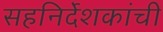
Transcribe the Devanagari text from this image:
सहनिर्देशकांची